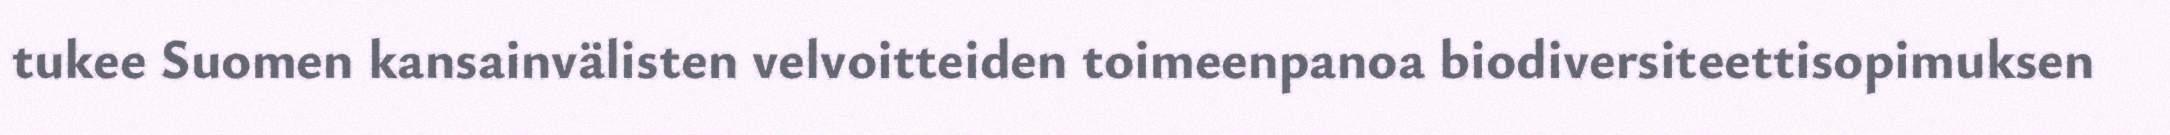
tukee Suomen kansainvälisten velvoitteiden toimeenpanoa biodiversiteettisopimuksen